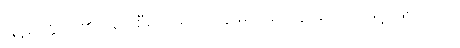
မြန်မာနိုင်ငံ၏တရားစီရင်ရေး ကဏ္ဍမှာ အကန့်အသတ်ဖြင့် ဖြစ်သည်။